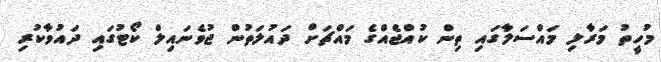
މުހީތު މަރާލި މައްސަލާގައި ތިން ކުއްޖެއްގެ މައްޗަށް ދައުލަތުން ޖުވެނައިލް ކޯޓުގައި ދައުވާކުރި